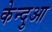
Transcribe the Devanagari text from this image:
केन्‍दुआ